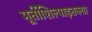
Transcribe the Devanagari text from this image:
मूर्तीशिल्पाइतक्या